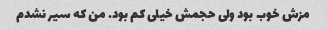
مزش خوب بود ولی حجمش خیلی کم بود. من که سیر نشدم